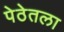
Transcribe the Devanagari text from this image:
पेठेतला